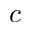
c